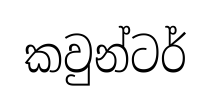
කවුන්ටර්